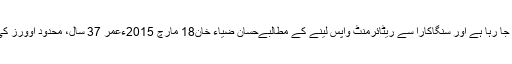
پھر وقت نے کروٹ لی، مصروفیت کا زمانہ آیا تو ٹیسٹ کے بجائے ٹی ٹوئنٹی کرکٹ کی شناخت بنتا جا رہا ہے اور سنگاکارا سے ریٹائرمنٹ واپس لینے کے مطالبےحسان ضیاء خان18 مارچ 2015ءعمر 37 سال، محدود اوورز کی کرکٹ میں بنیادی ذمہ داری وکٹوں کے پیچھے نگہبانی، کیریئر کے آخری ایام لیکن فارم عروج پر۔